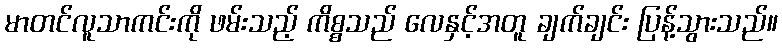
မာတင်လူသာကင်းကို ဖမ်းသည့် ကိစ္စသည် လေနှင့်အတူ ချက်ချင်း ပြန့်သွားသည်။